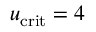
u _ { \mathrm { c r i t } } = 4